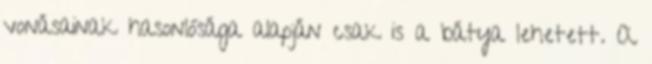
vonásainak hasonlósága alapján csak is a bátya lehetett. A